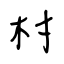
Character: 村